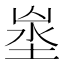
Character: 𡍑